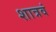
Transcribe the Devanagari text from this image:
शात्रवं